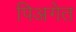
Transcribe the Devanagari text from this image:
पिअगेत